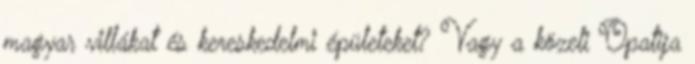
magyar villákat és kereskedelmi épületeket? Vagy a közeli Opatija